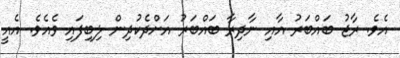
އެވެ. ރާޖު ބައްބަރު އާއި ނާދިރާ ބައްބަރު އަށްދެކުދިން ލިބިފައި ވެއެވެ. އެއީ